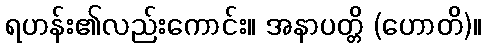
ရဟန်း၏လည်းကောင်း။ အနာပတ္တိ (ဟောတိ)။